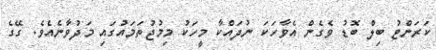
ކަރަންޓު ބިލް ބޮޑު ވެގެން އެވާހަކަ ނުދައްކާ މީހަކު މިމުޖުތަމައުގައި މަދުވާނެއެވެ. ގޭގެ